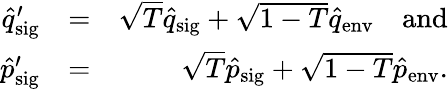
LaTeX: \begin{array}{rlr}{\hat{q}_{\mathrm{sig}}^{\prime}}&{=}&{\sqrt{T}\hat{q}_{\mathrm{sig}}+\sqrt{1-T}\hat{q}_{\mathrm{env}}\quad\mathrm{and}}\\ {\hat{p}_{\mathrm{sig}}^{\prime}}&{=}&{\sqrt{T}\hat{p}_{\mathrm{sig}}+\sqrt{1-T}\hat{p}_{\mathrm{env}}.}\end{array}